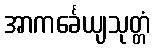
အာကင်္ခေယျသုတ္တံ